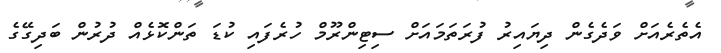
އެތެރެއަށް ވަދެގެން ދިޔައިރު ފުރަތަމައަށް ސިޓިންރޫމް ހުރެފައި ކުޑަ ތަންކޮޅެއް ދުރުން ބަދިގޭގެ